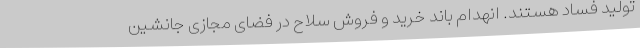
تولید فساد هستند. انهدام باند خرید و فروش سلاح در فضای مجازی جانشین